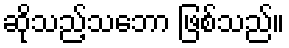
ဆိုသည့်သဘော ဖြစ်သည်။